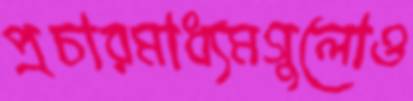
প্রচারমাধ্যমগুলোও